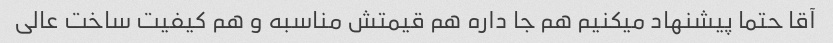
آقا حتما پیشنهاد میکنیم هم جا داره هم قیمتش مناسبه و هم کیفیت ساخت عالی